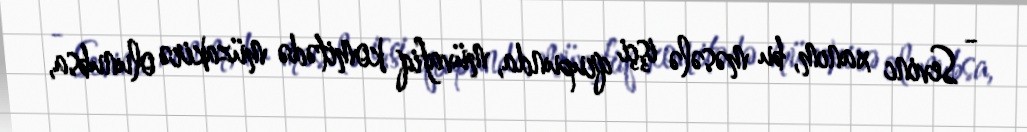
- Sevinc xanım, bu məsələ işçi qrupunda, müvafiq komitədə müzakirə olunubsa,